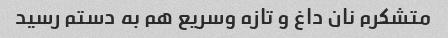
متشکرم نان داغ و تازه وسریع هم به دستم رسید